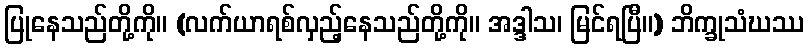
ပြုနေသည်တို့ကို။ (လက်ယာရစ်လှည့်နေသည်တို့ကို။ အဒ္ဒါသ၊ မြင်ရပြီ။) ဘိက္ခုသံဃဿ